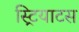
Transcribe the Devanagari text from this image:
स्ट्रियाटस